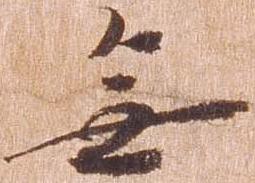
無